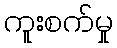
ကူးစက်မှု